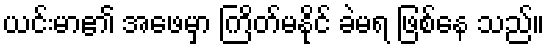
ယင်းမာ၏ အဖေမှာ ကြိတ်မနိုင် ခဲမရ ဖြစ်နေ သည်။